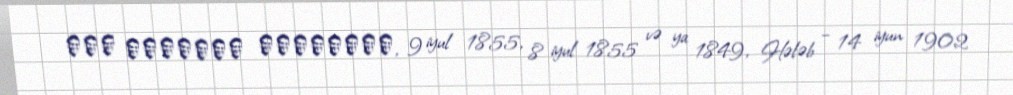
عبد الرحمان الكواكبي, 9 iyul 1855, 8 iyul 1855 və ya 1849, Hələb – 14 iyun 1902